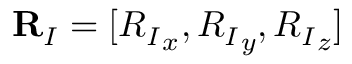
{ \bf R } _ { I } = [ { R _ { I } } _ { x } , { R _ { I } } _ { y } , { R _ { I } } _ { z } ]